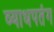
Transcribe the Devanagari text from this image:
व्याधपतंग